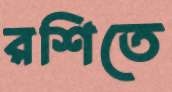
রশিতে